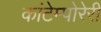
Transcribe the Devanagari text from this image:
कांटेम्पोरेरी